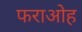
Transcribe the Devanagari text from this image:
फराओह